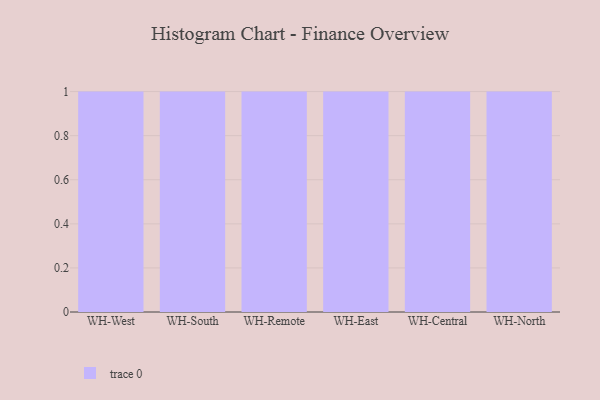
{"axis": {"x": "Warehouse", "y": "Temperature (°C)"}, "legend": [""], "data": [{"x": "WH-West", "y": 57, "type": ""}, {"x": "WH-South", "y": 46, "type": ""}, {"x": "WH-Remote", "y": 48, "type": ""}, {"x": "WH-East", "y": 54, "type": ""}, {"x": "WH-Central", "y": 92, "type": ""}, {"x": "WH-North", "y": 33, "type": ""}]}